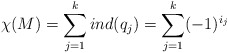
\begin{align*}\chi(M)=\sum_{j=1}^k ind(q_j)=\sum_{j=1}^k(-1)^{i_j}\end{align*}